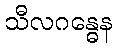
သီလဂန္ဓေန